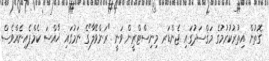
ގޮތުން އިތުރުކުރުމުގެ މަޤްސަދުގައި ޖެންޑަރ މިނިސްޓްރީން ވަނީ "ރަންވޭލާ"ގެ ނަމުގައި ޚާއްސަ ކެމްޕެއިނެއްވެސް